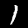
Digit: 1